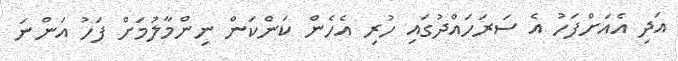
އަދި އެއަށްފަހު އެ ސަރަހައްދުގައި ހުރި އެހެން ކަންކަން ނިންމާލުމަށް ފަހު އަންނަ